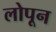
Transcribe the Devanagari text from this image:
लोपून